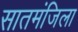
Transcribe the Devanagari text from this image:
सातमंजिला